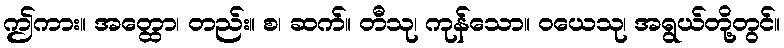
ဤကား။ အတ္ထော၊ တည်း။ စ၊ ဆက်။ တီသု၊ ကုန်သော။ ဝယေသု၊ အရွယ်တို့တွင်။